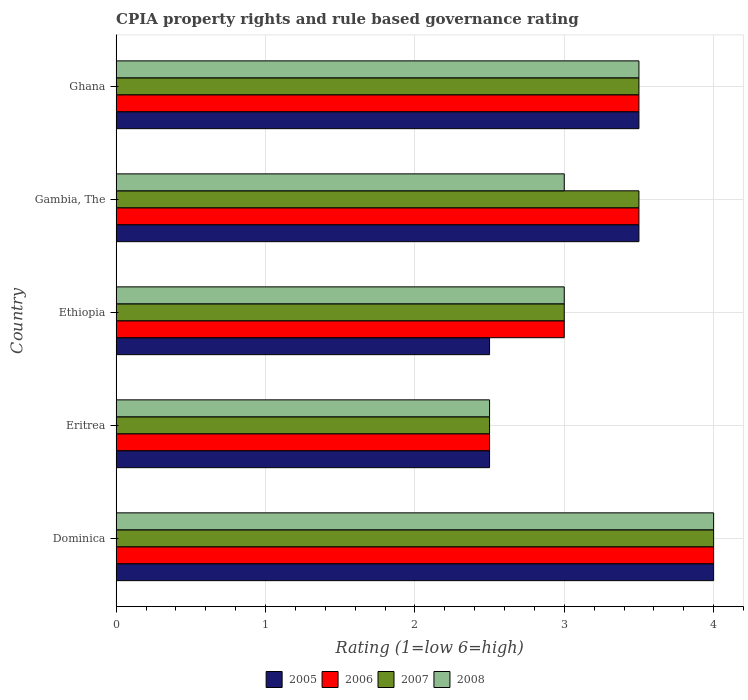
| Country | 2005 | 2006 | 2007 | 2008 |
 | --- | --- | --- | --- | --- |
 | Dominica | 4 | 4 | 4 | 4 |
 | Eritrea | 2.5 | 2.5 | 2.5 | 2.5 |
 | Ethiopia | 2.5 | 3 | 3 | 3 |
 | Gambia, The | 3.5 | 3.5 | 3.5 | 3 |
 | Ghana | 3.5 | 3.5 | 3.5 | 3.5 |